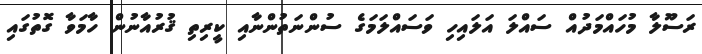
ރަސޫލާ މުހައްމަދުއް ސައްލަ އަލައިހި ވަސައްލަމަގެ ސުންނަތުންނާއި ކީރިތި ޤުރުއާނުން ހާމަވާ ގޮތުގައި